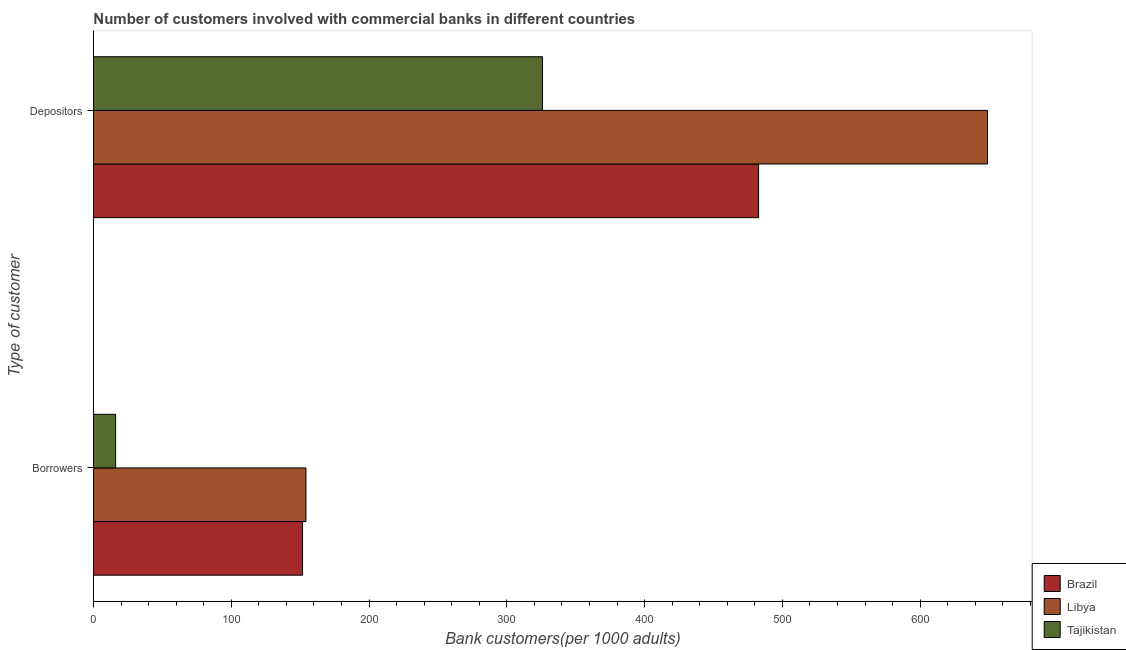
| Type of customer | Brazil | Libya | Tajikistan |
 | --- | --- | --- | --- |
 | Borrowers | 152 | 154 | 16.1 |
 | Depositors | 483 | 649 | 326 |